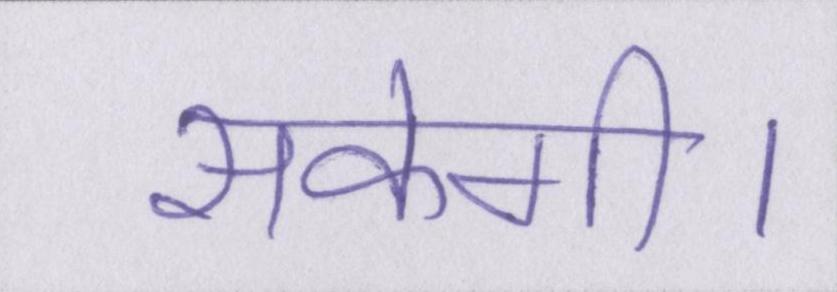
सकेगी।